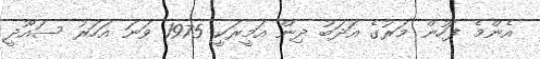
އެންމެ ފަހުން މަރުގެ އަދަބު ދިން އަމީރަކީ 1975 ވަނަ އަހަރު ސައޫދީ